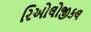
રિઓલોજીકલ